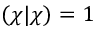
( \chi | \chi ) = 1